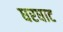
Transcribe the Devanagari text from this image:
घरघाट